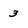
Character: 3